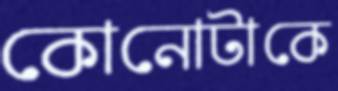
কোনোটাকে